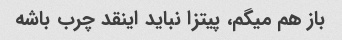
باز هم میگم، پیتزا نباید اینقد چرب باشه